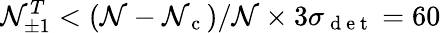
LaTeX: \mathcal{N}_{\pm1}^{T}<(\mathcal{N}-\mathcal{N}_{\mathrm{{~c~}}})/\mathcal{N}\times3\sigma_{\mathrm{{~d~e~t~}}}=60